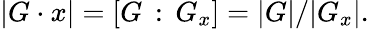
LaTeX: |G\cdot x|=[G\, :\, G_{x}]=|G|/|G_{x}|.